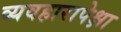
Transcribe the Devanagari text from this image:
व्यवहारापेक्षा